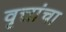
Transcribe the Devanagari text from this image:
वृत्तांचा